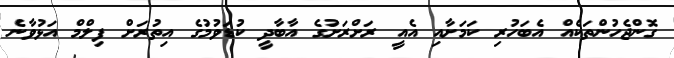
ގޮންޖެހުންތަކެއް އެބަހުރި ކަމަށާއި އެއީ ރަށްރަށުގެ އާބާދީ ކުޑަވުމުގެ އިތުރަށް ފިލްމް އަޅުވާނެ